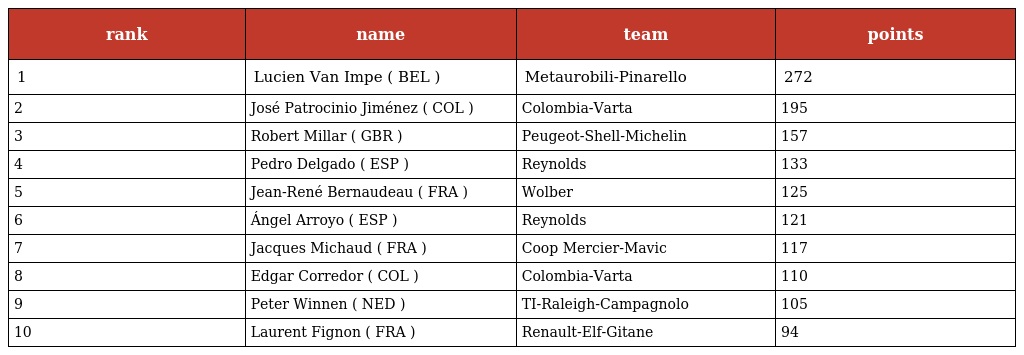
| rank | name | team | points |
 | --- | --- | --- | --- |
 | 1 | Lucien Van Impe ( BEL ) | Metaurobili-Pinarello | 272 |
 | 2 | José Patrocinio Jiménez ( COL ) | Colombia-Varta | 195 |
 | 3 | Robert Millar ( GBR ) | Peugeot-Shell-Michelin | 157 |
 | 4 | Pedro Delgado ( ESP ) | Reynolds | 133 |
 | 5 | Jean-René Bernaudeau ( FRA ) | Wolber | 125 |
 | 6 | Ángel Arroyo ( ESP ) | Reynolds | 121 |
 | 7 | Jacques Michaud ( FRA ) | Coop Mercier-Mavic | 117 |
 | 8 | Edgar Corredor ( COL ) | Colombia-Varta | 110 |
 | 9 | Peter Winnen ( NED ) | TI-Raleigh-Campagnolo | 105 |
 | 10 | Laurent Fignon ( FRA ) | Renault-Elf-Gitane | 94 |